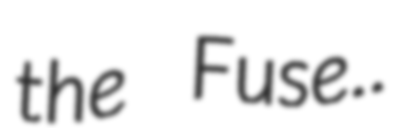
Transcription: the Fuse..